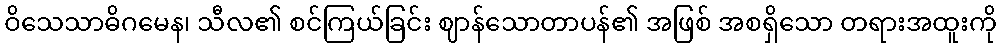
ဝိသေသာဓိဂမေန၊ သီလ၏ စင်ကြယ်ခြင်း ဈာန်သောတာပန်၏ အဖြစ် အစရှိသော တရားအထူးကို